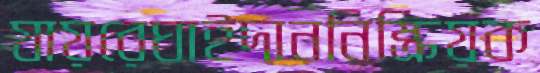
যায়রেঘাইদাননিষ্ক্রিয়ক